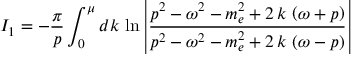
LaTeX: I _ { 1 } = - \frac \pi p \int _ { 0 } ^ { \mu } d k \, \ln \left| \frac { p ^ { 2 } - \omega ^ { 2 } - m _ { e } ^ { 2 } + 2 \, k \, \left( \omega + p \right) } { p ^ { 2 } - \omega ^ { 2 } - m _ { e } ^ { 2 } + 2 \, k \, \left( \omega - p \right) } \right|